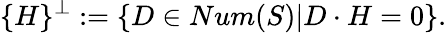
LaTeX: \{ H\} ^{\perp}:=\{ D\in Num(S)|D\cdot H=0\} .